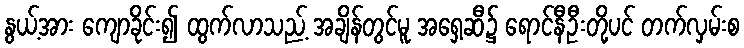
နွယ့်အား ကျောခိုင်း၍ ထွက်လာသည့် အချိန်တွင်မူ အရှေ့ဆီ၌ ရောင်နီဦးတို့ပင် တက်လှမ်းစ